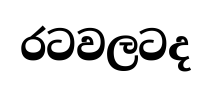
රටවලටද